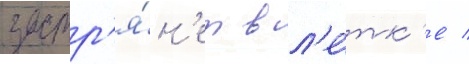
застр'я́н'ет в л'е́тк'е /